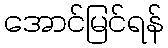
အောင်မြင်ရန်